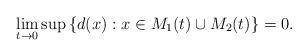
LaTeX: \begin{align*} \lim_{t\to 0}\sup \left\{d(x): x\in M_1(t)\cup M_2(t) \right\}=0.\end{align*}